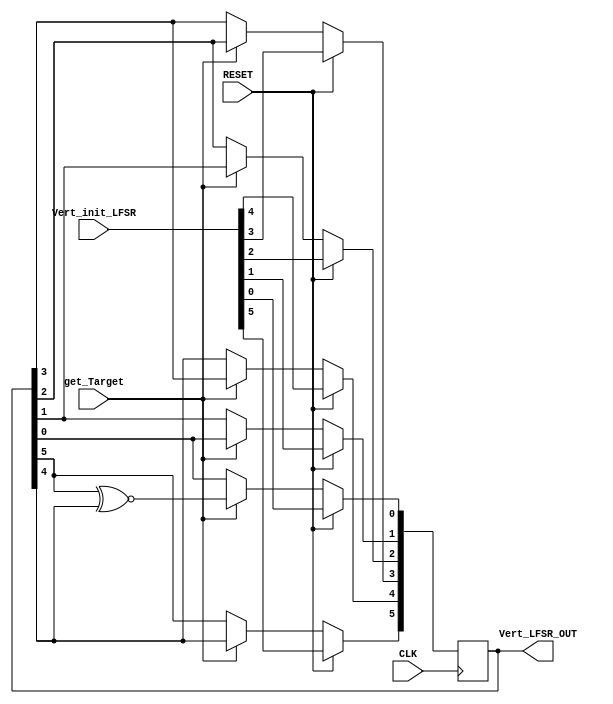
`timescale 1ns / 1ps
//////////////////////////////////////////////////////////////////////////////////
// Company: 
// Engineer: 
// 
// Design Name: 
// Module Name: Bit_7_LFSR
// Project Name: 
// Target Devices: 
// Tool Versions: 
// Description: 
// 
// Dependencies: 
// 
// Revision:
// Revision 0.01 - File Created
// Additional Comments:
// 
//////////////////////////////////////////////////////////////////////////////////


module Bit_6_LFSR(
                  input  RESET,    
                  input   CLK,     
                  input  [5:0]  Vert_init_LFSR,     
                  input   get_Target,        
                  output  [5:0] Vert_LFSR_OUT  
                 );


   reg  [5:0]  random_6_bits;
   assign Vert_LFSR_OUT = random_6_bits;


   always@(posedge CLK) begin
       if(RESET)
           random_6_bits <= Vert_init_LFSR;
       else if(get_Target) begin
           random_6_bits[0] <= random_6_bits[5] ~^ random_6_bits[4];
           random_6_bits[1] <= random_6_bits[0];
           random_6_bits[2] <= random_6_bits[1];
           random_6_bits[3] <= random_6_bits[2];
           random_6_bits[4] <= random_6_bits[3];
           random_6_bits[5] <= random_6_bits[4];
           
       end
   end

endmodule